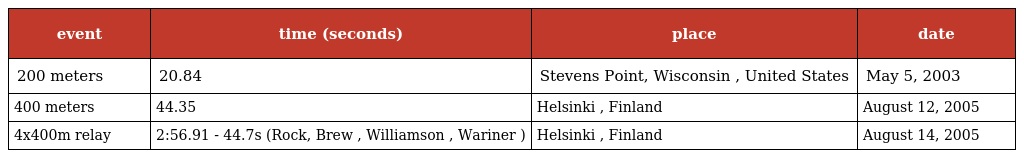
| event | time (seconds) | place | date |
 | --- | --- | --- | --- |
 | 200 meters | 20.84 | Stevens Point, Wisconsin , United States | May 5, 2003 |
 | 400 meters | 44.35 | Helsinki , Finland | August 12, 2005 |
 | 4x400m relay | 2:56.91 - 44.7s (Rock, Brew , Williamson , Wariner ) | Helsinki , Finland | August 14, 2005 |